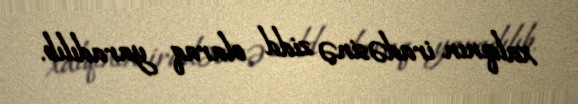
xalqının iradəsinə zidd olaraq yaradılıb.